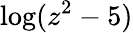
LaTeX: \log(z^{2}-5)